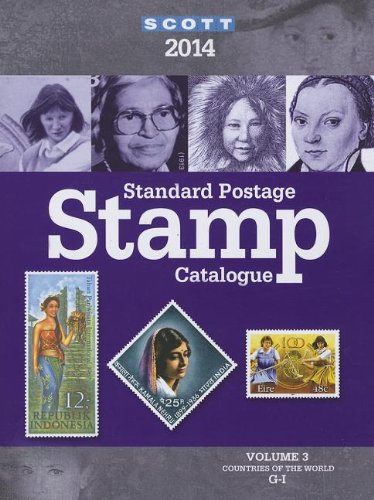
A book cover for Scott Standard Postage Stamp Catalogue 2014: Countries of the World G-I (Scott Standard Postage Stamp Catalogue Vol 3 Countries G-I); Charles Snee; Crafts, Hobbies & Home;